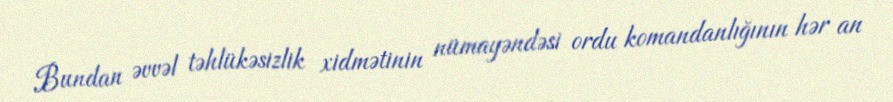
Bundan əvvəl təhlükəsizlik xidmətinin nümayəndəsi ordu komandanlığının hər an